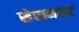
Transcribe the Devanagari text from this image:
सेरानाइट